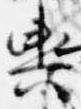
輿